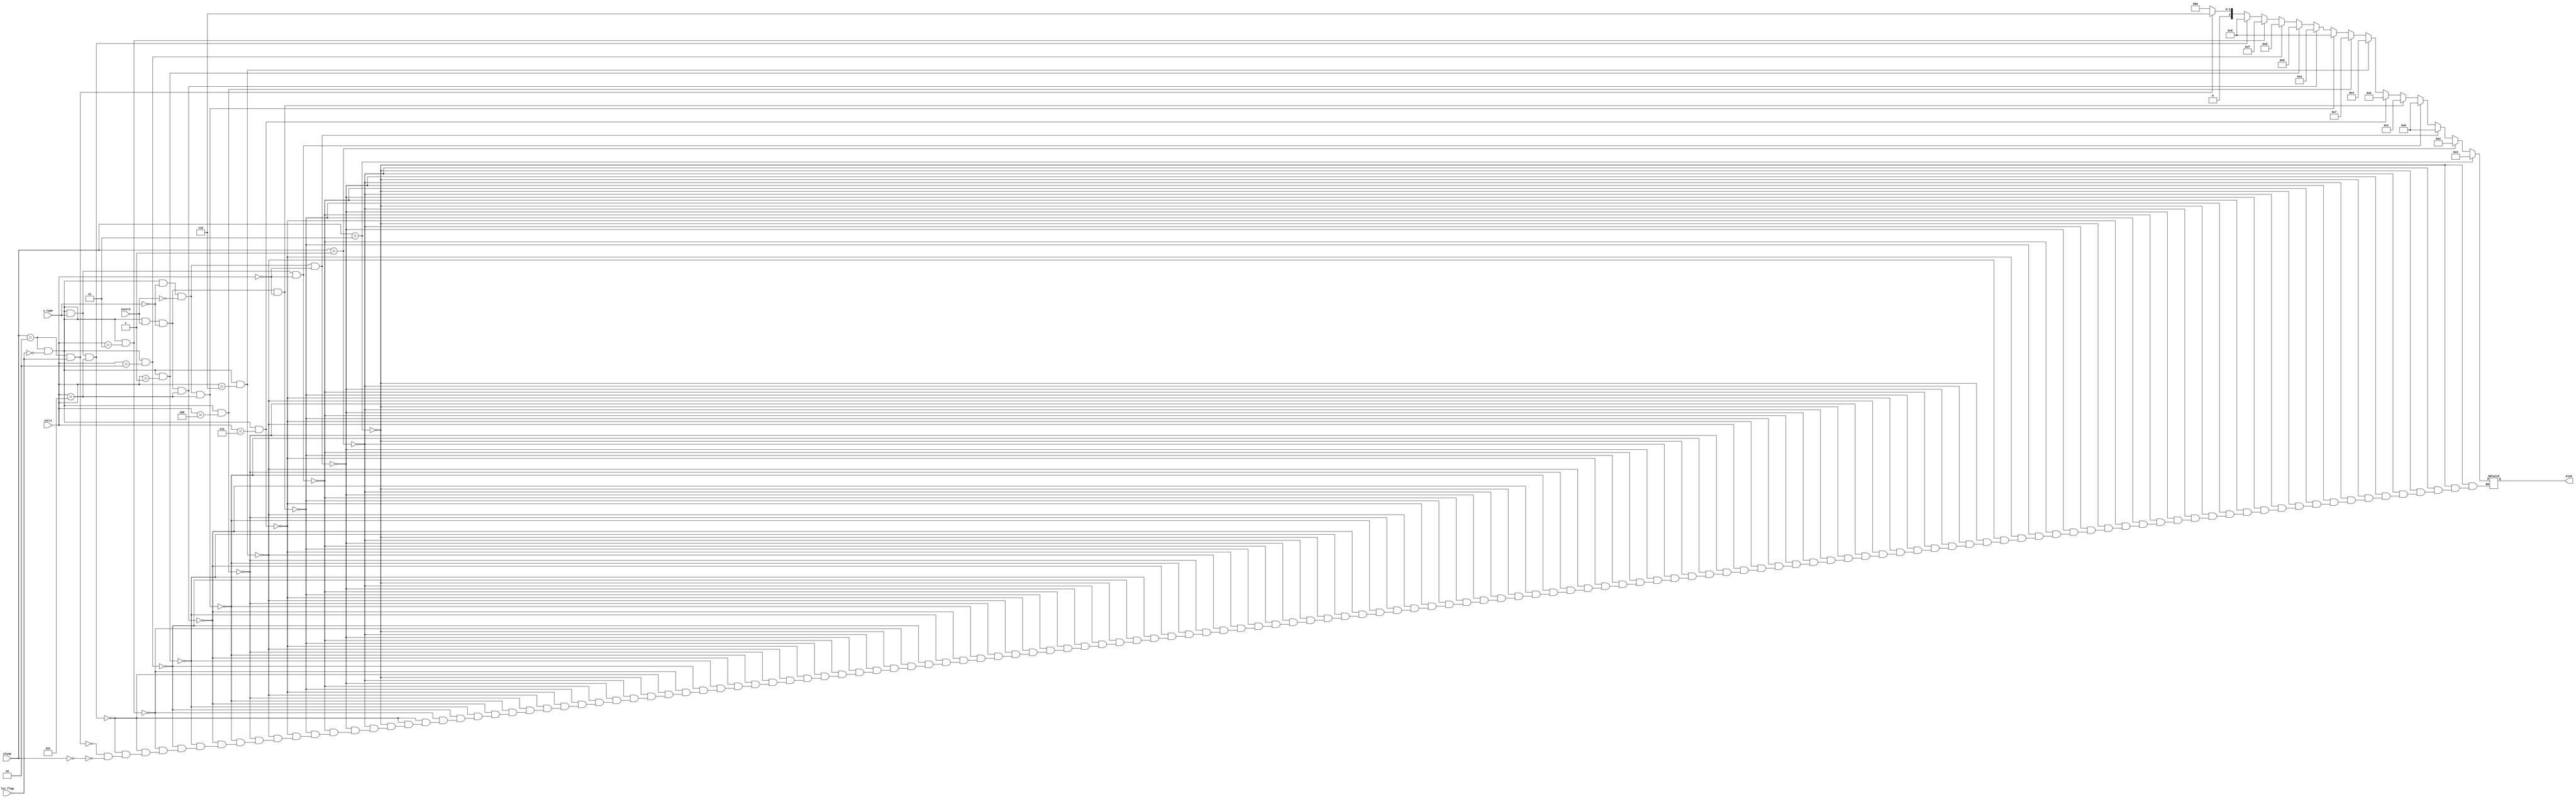
`timescale 1ns / 1ps


module ALU_Control(input [1:0]aluop, input [14:12]intr1,input instr2 ,input i_type,input lui_flag,output reg[3:0]aluS);
always @(*)
begin

if(aluop==2'b00) //load & store //as sum
aluS=4'b0000;

if(aluop==2'b11) //jal
aluS=4'b0011;


else if(aluop==2'b01 ) // branching  //2
aluS=4'b0010;

else if (aluop == 2'b10 &&lui_flag==0 && i_type==0&& instr2 == 0 && intr1 == 3'b000) // R- type instruction (ADD) //instr2 VI
aluS = 4'b0000;

else if (aluop == 2'b10 &&lui_flag==0 && i_type==1&&  intr1 == 3'b000) // R- type instruction (ADDi) //same aluS as add
aluS = 4'b0000;

else if (aluop == 2'b10&&lui_flag==0 &&  instr2 == 1 && i_type==0&&  intr1 == 3'b000) // R- type instruction (SUB) //instr2 VI
aluS = 4'b0001;



else if (aluop == 2'b10 &&lui_flag==0 && intr1 == 3'b111) // R- type instruction (AND) && ANDI
aluS = 4'b0101;

else if (aluop == 2'b10&&lui_flag==0 && intr1 == 3'b110) // R- type instruction (OR) && ORI
aluS = 4'b0100;

else if (aluop == 2'b10&&lui_flag==0 && intr1 == 3'b100) // R- type instruction (XOR)
aluS = 4'b0111;

else if (aluop == 2'b10&&lui_flag==0 &&i_type==0 && instr2 == 0 && intr1 == 3'b101) // R- type instruction (SRL)
aluS = 4'b1000;


else if (aluop == 2'b10&&lui_flag==0 && instr2 == 1 &&i_type==0 && intr1 == 3'b101) // R- type instruction (SRA)
aluS = 4'b1010;

else if (aluop == 2'b10 &&lui_flag==0 && intr1 == 3'b001) // R- type instruction (SLL)
aluS = 4'b1001;

else if (aluop == 2'b10 &&lui_flag==0 && intr1 == 3'b010) // R- type instruction (SLT)
aluS = 4'b1101;

else if (aluop == 2'b10 &&lui_flag==0&& intr1 == 3'b011) // R- type instruction (SLTU)
aluS = 4'b1111;

else if (aluop == 2'b10&&lui_flag==0 &&i_type==1 && intr1 == 3'b101) // R- type instruction (SRLI)
aluS = 4'b1000;


else if (aluop == 2'b10&&lui_flag==0  &&i_type==1 && intr1 == 3'b101) // R- type instruction (SRAI)
aluS = 4'b1010;

//lui
else if(aluop == 2'b10 && lui_flag==1 )
aluS = 4'b0110;

end
endmodule